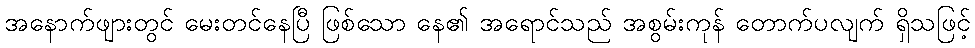
အနောက်ဖျားတွင် မေးတင်နေပြီ ဖြစ်သော နေ၏ အရောင်သည် အစွမ်းကုန် တောက်ပလျက် ရှိသဖြင့်